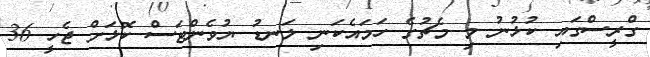
ގްރީސްގައި ކުޅުނު މި މެޗުގެ ހަމައެކަނި ލަނޑު ޔުވެންޓަސް ކޮޅަށް ޖެހީ 36